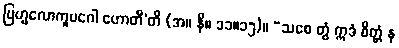
ဗြဟ္မလောကူပဂေါ ဟောတီ’တိ (အ။ နိ။ ၁၁။၁၅)။ “သစေ တွံ ဣဒံ စိတ္တံ န